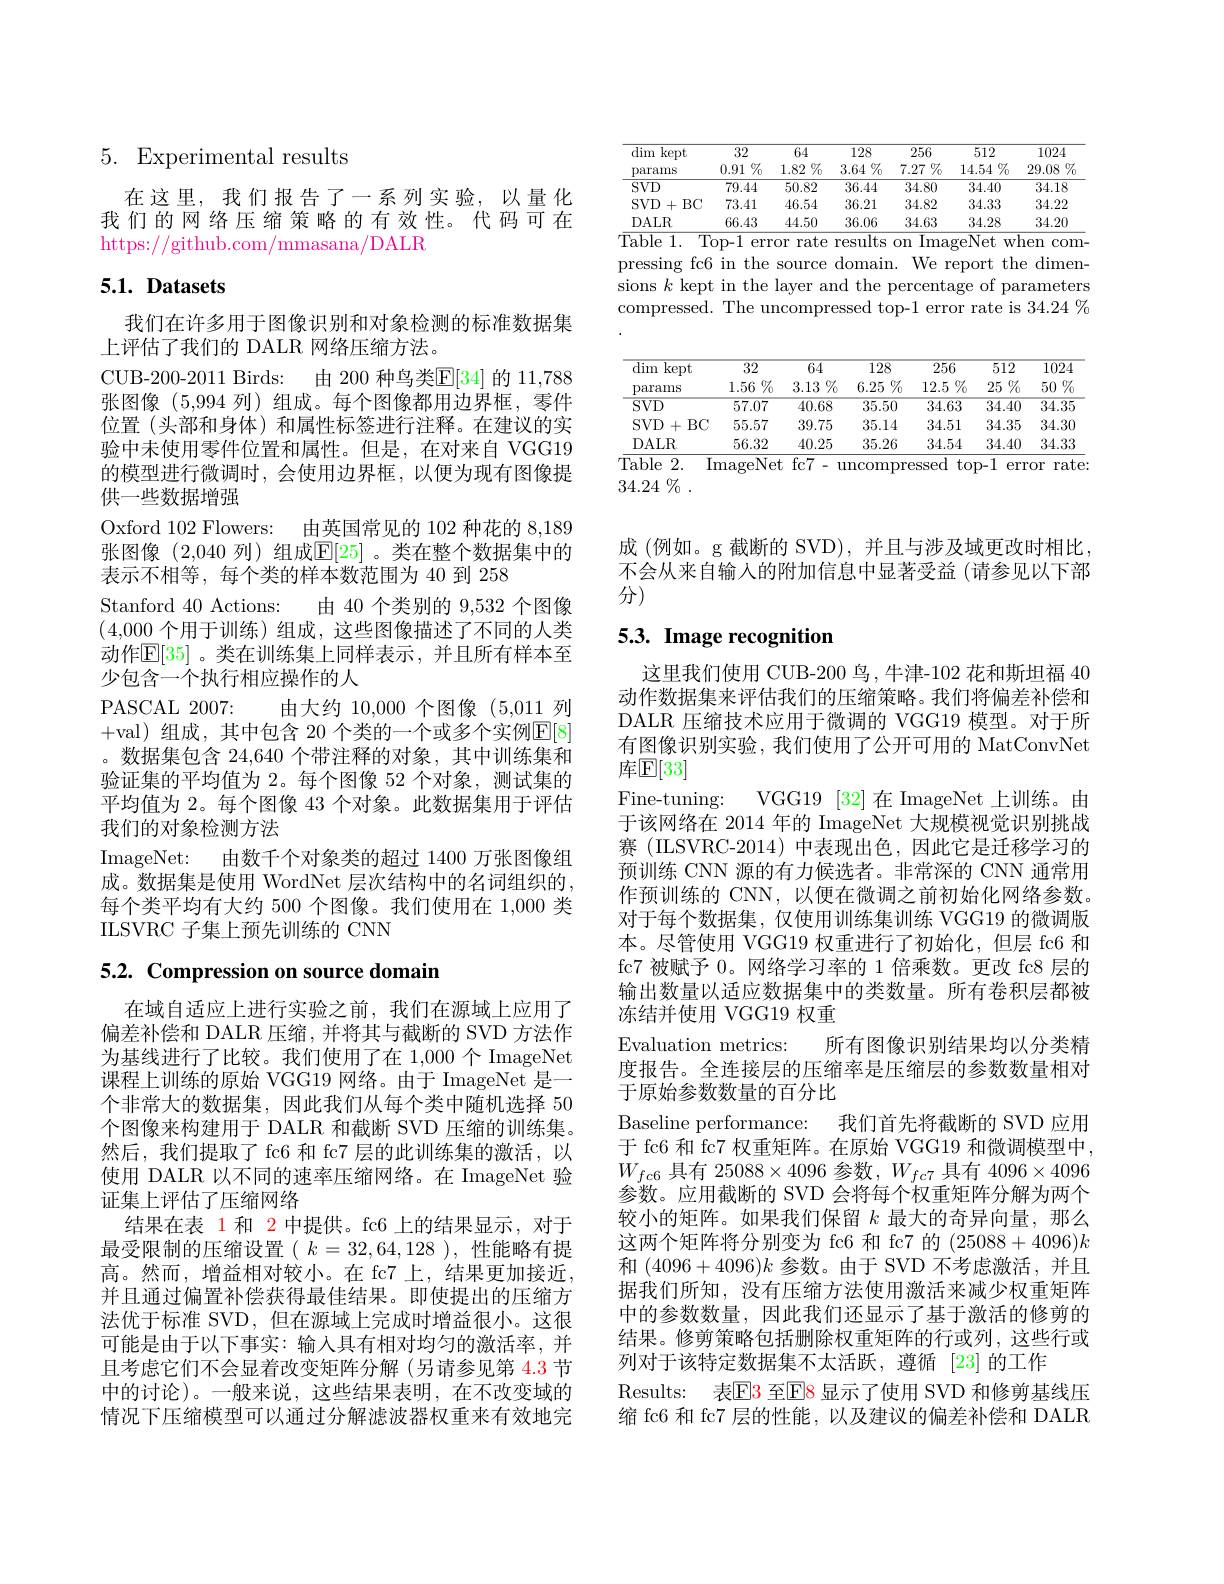
5. Experimental results

在这里，我们报告了一系列实验，以量化我们的网络压缩策略的有效性。代码可在https://github.com/mmasana/DALR

# 5.1. Datasets

我们在许多用于图像识别和对象检测的标准数据集
上评估了我们的 DALR 网络压缩方法。
CUB-200-2011 Birds: 由 200 种鸟类$\boxed[34]$ 的 11,788张图像(5,994列)组成。每个图像都用边界框，零件位置(头部和身体)和属性标签进行注释。在建议的实验中未使用零件位置和属性。但是，在对来自 VGG19的模型进行微调时，会使用边界框，以便为现有图像提供一些数据增强
Oxford 102 Flowers: 由英国常见的 102 种花的 8,189张图像 (2,040 列)组成$\mathbb{E}[25]$ 。类在整个数据集中的表示不相等，每个类的样本数范围为 40 到 258
Stanford 40 Actions: 由 40 个类别的 9,532 个图像(4,000个用于训练)组成，这些图像描述了不同的人类动作$\mathbb{E}[35]$。类在训练集上同样表示，并且所有样本至少包含一个执行相应操作的人
PASCAL 2007: 由大约 10,000 个图像 (5,011 列+val)组成，其中包含 20 个类的一个或多个实例$\mathbb{E}[8]$ 。数据集包含 24,640 个带注释的对象，其中训练集和验证集的平均值为 2。每个图像 52 个对象，测试集的平均值为 2。每个图像 43 个对象。此数据集用于评估我们的对象检测方法
ImageNet: 由数千个对象类的超过 1400 万张图像组成。数据集是使用 WordNet 层次结构中的名词组织的每个类平均有大约 500 个图像。我们使用在 1,000 类ILSVRC 子集上预先训练的 CNN

5.2. Compression on source domain

在域自适应上进行实验之前，我们在源域上应用了偏差补偿和 DALR 压缩，并将其与截断的 SVD 方法作为基线进行了比较。我们使用了在 1,000个 ImageNet 课程上训练的原始 VGG19 网络。由于 ImageNet 是一个非常大的数据集，因此我们从每个类中随机选择 50个图像来构建用于 DALR 和截断 SVD 压缩的训练集。然后，我们提取了 fc6 和 fc7 层的此训练集的激活，以使用 DALR 以不同的速率压缩网络。在 ImageNet 验证集上评估了压缩网络
结果在表 1 和 2 中提供。fc6 上的结果显示，对于最受限制的压缩设置( $k=32,64,128$ ),性能略有提高。然而，增益相对较小。在 fc7 上，结果更加接近， 并且通过偏置补偿获得最佳结果。即使提出的压缩方法优于标准 SVD,但在源域上完成时增益很小。这很可能是由于以下事实：输入具有相对均匀的激活率，并且考虑它们不会显着改变矩阵分解(另请参见第 4.3 节中的讨论)。一般来说，这些结果表明，在不改变域的情况下压缩模型可以通过分解滤波器权重来有效地完

<table>
	<tbody>
		<tr>
			<th>dim kept params</th>
			<th>32 $0.91\%$</th>
			<th>64 $1.82\%$</th>
			<th>128 $3.64\%$</th>
			<th>256 $7.27\%$</th>
			<th>512 $14.54\%$</th>
			<th>1024 $29.08\%$</th>
		</tr>
		<tr>
			<th>dim kept params</th>
			<th>32 $0.91\%$</th>
			<th>64 $1.82\%$</th>
			<th>128 $3.64\%$</th>
			<th>256 $7.27\%$</th>
			<th>512 $14.54\%$</th>
			<th>1024 $29.08\%$</th>
		</tr>
		<tr>
			<th>dim kept</th>
			<th>32</th>
			<th>64</th>
			<th>128</th>
			<th>256</th>
			<th>512</th>
			<th>1024</th>
		</tr>
		<tr>
			<th>params</th>
			<th>$0.91\%$</th>
			<th>$1.82\%$ 1 1</th>
			<th>$3.64\%$</th>
			<th>$7.27\%$</th>
			<th>$14.54\%$</th>
			<th>29.08 $\%$ I </th>
		</tr>
		<tr>
			<td>$SVD$</td>
			<td>79.44</td>
			<td>50.82</td>
			<td>36.44</td>
			<td>34.80</td>
			<td>34.40</td>
			<td>34.18</td>
		</tr>
		<tr>
			<td>$SVD$ $BC$ + </td>
			<td>73.41</td>
			<td>46.54</td>
			<td>36.21</td>
			<td>34.82</td>
			<td>34.33</td>
			<td>34.22</td>
		</tr>
		<tr>
			<td>DALR</td>
			<td>66.43</td>
			<td>44.50</td>
			<td>36.06</td>
			<td>34.63</td>
			<td>34.28</td>
			<td>34.20</td>
		</tr>
	</tbody>
</table>
$\overline{\text{Table 1. Top-1 error rate results on ImageNet when com}}$-

pressing fc6 in the source domain. We report the dimensions $k$ kept in the layer and the percentage of parameters compressed. The uncompressed top-1 error rate is 34.24 %

<table>
	<tbody>
		<tr>
			<th rowspan="3">$\overline{\mathrm{dim}}$ $\overline{\mathrm{kept}}$ params</th>
			<th rowspan="3">$\overline{32}$ $1.56\%$</th>
			<th>64 $3.13\%$</th>
			<th rowspan="3">$\overline{128}$ $6.25\%$</th>
			<th>$\overline{256}$ $12.5\%$</th>
			<th>$\overline{512}$ $25\%$</th>
			<th>$\overline{1024}$ 50 $\%$</th>
		</tr>
		<tr>
			<th>$\overline{64}$</th>
			<th>$\overline{256}$</th>
			<th>$\overline{512}$</th>
			<th>1024</th>
		</tr>
		<tr>
			<th>$3.13\%$</th>
			<th>$12.5\%$</th>
			<th>$25\%$</th>
			<th>$\%$ 50</th>
		</tr>
		<tr>
			<td>$\overline{\mathrm{SVD}}$</td>
			<td>57.07</td>
			<td>40.68</td>
			<td>$\overline{35.50}$</td>
			<td>34.63</td>
			<td>34.40</td>
			<td>$\overline{34.35}$</td>
		</tr>
		<tr>
			<td>$SVD$ $BC$ +</td>
			<td>55.57</td>
			<td>39.75</td>
			<td>35.14</td>
			<td>34.51</td>
			<td>34.35</td>
			<td>34.30</td>
		</tr>
		<tr>
			<td>DALR</td>
			<td>56.32</td>
			<td>40.25</td>
			<td>35.26</td>
			<td>34.54</td>
			<td>34.40</td>
			<td>34.33</td>
		</tr>
	</tbody>
</table>
ImageNet fc7- uncompressed top-1 error rate:

34.24 $\%$ .

成 (例如。g 截断的 SVD),并且与涉及域更改时相比不会从来自输入的附加信息中显著受益 (请参见以下部分)

# 5.3. Image recognition

这里我们使用 CUB-200 鸟，牛津-102 花和斯坦福 40动作数据集来评估我们的压缩策略。我们将偏差补偿和DALR 压缩技术应用于微调的 VGG19 模型。对于所有图像识别实验，我们使用了公开可用的 MatConvNet 库$\mathbb{E}[33]$
Fine-tuning:
VGG19 [32]在 ImageNet 上训练。由
于该网络在 2014 年的 ImageNet 大规模视觉识别挑战赛 (ILSVRC-2014)中表现出色，因此它是迁移学习的预训练 CNN 源的有力候选者。非常深的 CNN 通常用作预训练的 CNN,以便在微调之前初始化网络参数。对于每个数据集，仅使用训练集训练 VGG19 的微调版本。尽管使用 VGG19 权重进行了初始化，但层 fc6 和fc7 被赋予 0。网络学习率的 1 倍乘数。更改 fc8 层的输出数量以适应数据集中的类数量。所有卷积层都被冻结并使用 VGG19 权重
Evaluation metrics:
所有图像识别结果均以分类精
度报告。全连接层的压缩率是压缩层的参数数量相对
于原始参数数量的百分比
Baseline performance:
我们首先将截断的 SVD 应用
于 fc6 和 fc7 权重矩阵。在原始 VGG19 和微调模型中$W_{fc6}$具有 25088$\times4096$参数$,W_fc7$具有$4096\times4096$ 参数。应用截断的 SVD 会将每个权重矩阵分解为两个较小的矩阵。如果我们保留$k$最大的奇异向量，那么这两个矩阵将分别变为 fc6 和 fc7 的 (25088+4096)k 和$(4096+4096)k$参数。由于 SVD 不考虑激活，并且据我们所知，没有压缩方法使用激活来减少权重矩阵中的参数数量，因此我们还显示了基于激活的修剪的结果。修剪策略包括删除权重矩阵的行或列，这些行或列对于该特定数据集不太活跃，遵循 $\left[23\right]$的工作
Results: 表$\color{red}{\mathrm{E}}\color{red}{\mathrm{3~至E}}\color{red}{\mathrm{F}}\color{red}{\mathrm{8~显示了使用~SVD~和修剪基线压}}$ 缩 fc6 和 fc7 层的性能，以及建议的偏差补偿和 DALR